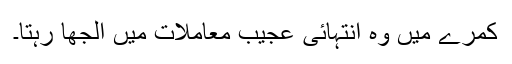
کمرے میں وہ انتہائی عجیب معاملات میں الجھا رہتا۔